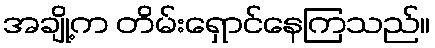
အချို့က တိမ်းရှောင်နေကြသည်။